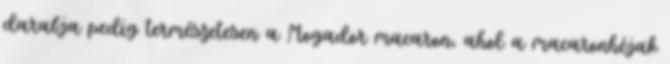
darabja pedig természetesen a Mogador macaron, ahol a macaronhéjak